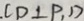
. C D \bot P _ { 1 } D